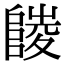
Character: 𨻪